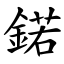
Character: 鍩